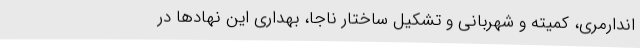
اندارمری، کمیته و شهربانی و تشکیل ساختار ناجا، بهداری این نهادها در